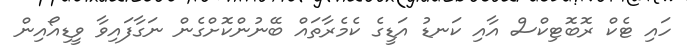
ހައި ޓެކް ރޮބޮޓިކްސް އާއި ކަނޑު އަޑީގެ ކެމެރާތައް ބޭނުންކޮށްގެން ނަގާފައިވާ ވީޑިއޯއިން